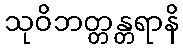
သုဝိဘတ္တန္တရာနိ